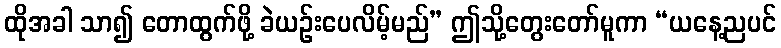
ထိုအခါ သာ၍ တောထွက်ဖို့ ခဲယဉ်းပေလိမ့်မည်” ဤသို့တွေးတော်မူကာ “ယနေ့ညပင်